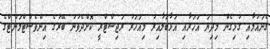
ގެނައުމާއި ގުޅިގެން މިދިޔަ އަހަރާއި އަޅާބަލާއިރު މިއަހަރު ރަޖިސްޓްރީ ކޮށްދެވުނު ބޭރުގެ އިންވެސްޓްމަންޓްގެ